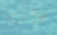
عندما